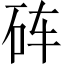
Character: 砗